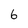
Character: 6